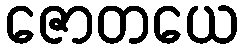
ဇောတယေ